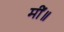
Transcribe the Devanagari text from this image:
मीं॥